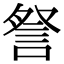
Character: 詧